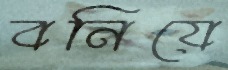
বনিয়ে